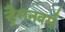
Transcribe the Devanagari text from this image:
ड्रैगनवर्म